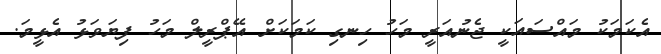
އެކަމަކު މައްސައަކީ ޖެނުއަރީ މަހު ހިނގި ކަމަކަށް އޭޕްރީލް މަހު ފިޔަވަޅު އެޅީމަ.